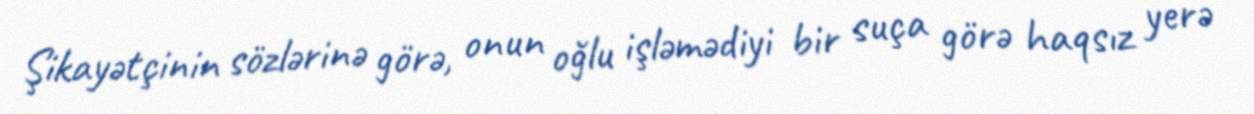
Şikayətçinin sözlərinə görə, onun oğlu işləmədiyi bir suça görə haqsız yerə